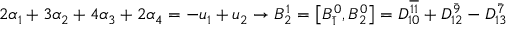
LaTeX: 2 \alpha _ { 1 } + 3 \alpha _ { 2 } + 4 \alpha _ { 3 } + 2 \alpha _ { 4 } = - u _ { 1 } + u _ { 2 } \rightarrow B _ { 2 } ^ { 1 } = \left[ B _ { \bar { 1 } } ^ { 0 } , B _ { 2 } ^ { 0 } \right] = D _ { 1 0 } ^ { \overline { { { 1 1 } } } } + D _ { 1 2 } ^ { \bar { 9 } } - D _ { 1 3 } ^ { \bar { 7 } }